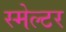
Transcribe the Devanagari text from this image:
स्मेल्टर